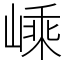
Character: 嵊